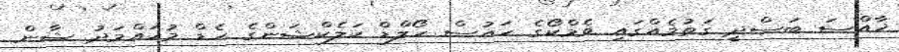
ޚާއްސަ ބަސްދީ ގަތުމެއްގައި ވެމްކޯގެ ހައުސް ހޯލްޑް ކަލެކްޝަންގެ ހެޑް މުހައްމަދު ޝާން